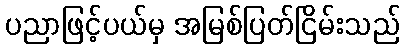
ပညာဖြင့်ပယ်မှ အမြစ်ပြတ်ငြိမ်းသည်